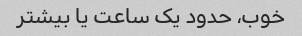
خوب، حدود یک ساعت یا بیشتر